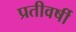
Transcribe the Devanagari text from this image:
प्रतीवर्षी